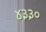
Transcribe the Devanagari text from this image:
४३३०